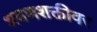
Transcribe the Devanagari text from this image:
श्रवणशक्तीवर